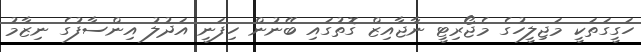
ހަގީގަތަކީ މަޖިލީހުގެ މެޖޯރިޓީ ނާޖާއިޒް ގޮތުގައި ބޭނުން ހިފަނީ އަދުުލު އިންސާފުގެ ނިޒާމު